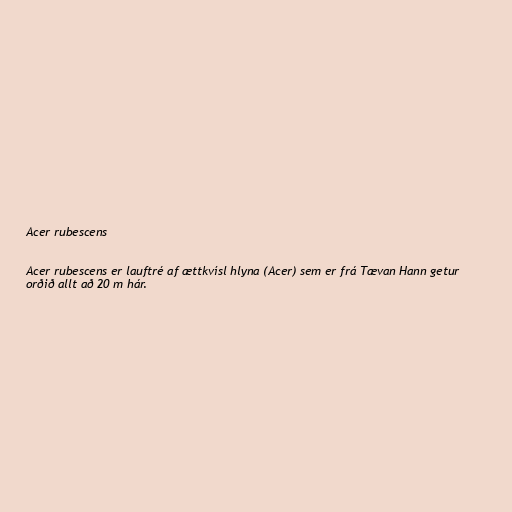
Acer rubescens

Acer rubescens er lauftré af ættkvísl hlyna (Acer) sem er frá Tævan Hann getur
orðið allt að 20 m hár.